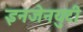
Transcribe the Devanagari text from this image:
इनजेनयुटी